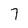
Character: 7